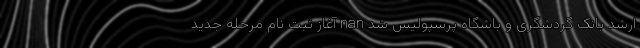
ارشد بانک گردشگری و باشگاه پرسپولیس شد nan آغاز ثبت نام مرحله جدید